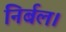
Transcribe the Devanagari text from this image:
निर्बल।